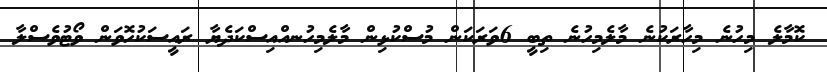
ކޮމާލެ މިހުނެ މިހާރަކުނެ މާލެމިހުނެ ތިބީ 6ވަރަކަން މުސްކުޅިން މާލެމިހުނއްއިސްކަދެޔާ ރައީސަކުހޮވަން ވޯޓުވެސްލާ